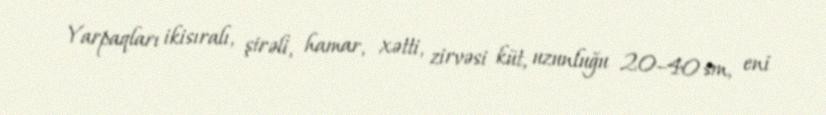
Yarpaqları ikisıralı, şirəli, hamar, xətti, zirvəsi küt, uzunluğu 20–40 sm, eni